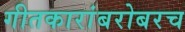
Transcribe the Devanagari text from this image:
गीतकारांबरोबरच